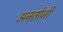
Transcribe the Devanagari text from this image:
अनतोनी